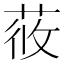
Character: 𦱿